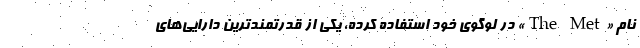
نام «The Met» در لوگوی خود استفاده کرده، یکی از قدرتمندترین دارایی‌های